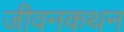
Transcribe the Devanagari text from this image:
जीवनकथन